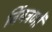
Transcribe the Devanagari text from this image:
निंयत्रणों